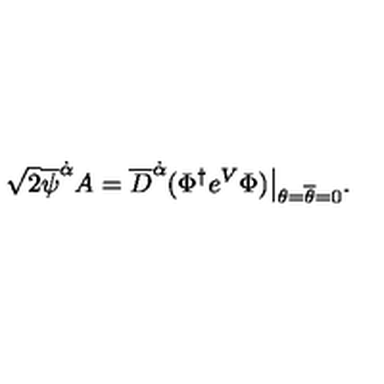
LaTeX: \sqrt { 2 } \overline { \psi } ^ { \dot { \alpha } } A = \overline { D } ^ { \dot { \alpha } } ( \Phi ^ { \dagger } e ^ { V } \Phi ) \bigr | _ { \theta = \overline { \theta } = 0 } .